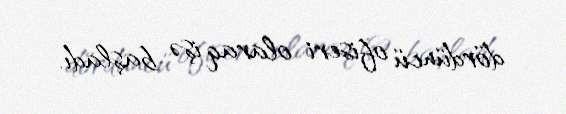
dördüncü ofiseri olaraq işə başladı.